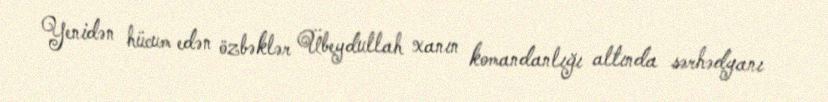
Yenidən hücum edən özbəklər Übeydullah xanın komandanlığı altında sərhədyanı